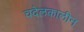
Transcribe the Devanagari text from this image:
चदेलकालीन